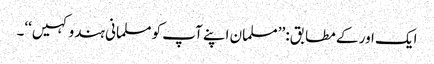
ایک اور کے مطابق: ’’مسلمان اپنے آپ کو مسلمانی ہندو کہیں‘‘۔